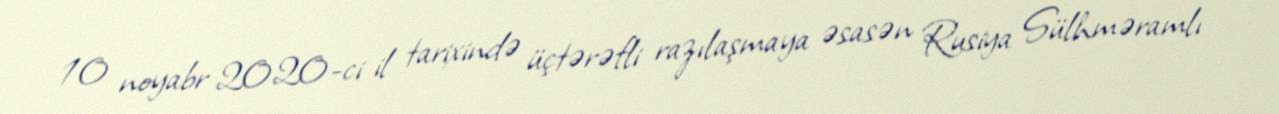
10 noyabr 2020-ci il tarixində üçtərəfli razılaşmaya əsasən Rusiya Sülhməramlı